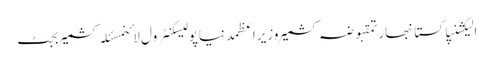
الیکشنپاکستانبھارتمقبوضہ کشمیروزیراعظمدنیاپولیسکنٹرول لائنمسئلہ کشمیربجٹ